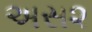
અસ૨